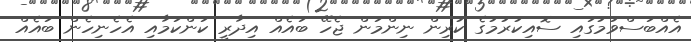
އެއްބަސްވުމުގައި ސޮއިކުރުމުގެ ކުރިން ނިންމަން ޖެހޭ ބައެއް އިދާރީ ކަންކަމާއި އެހެނިހެން ބައެއް